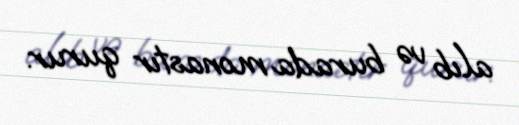
alıb və burada monastır qurur.